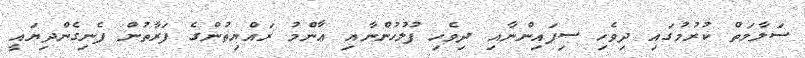
ސަލާމަތް ކުރުމުގައި ދިވެހި ސިފައިންނާއި ދިވެހި ފުލުހުންނާއި ޢާންމު ރައްޔިތުންގެ ފަރާތުން ފެނިގެންދިޔައީ